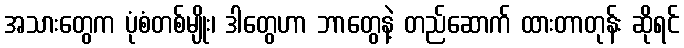
အသားတွေက ပုံစံတစ်မျိုး၊ ဒါတွေဟာ ဘာတွေနဲ့ တည်ဆောက် ထားတာတုန်း ဆိုရင်